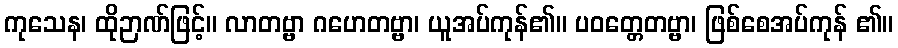
ကုသေန၊ ထိုဉာဏ်ဖြင့်။ လာတဗ္ဗာ ဂဟေတဗ္ဗာ၊ ယူအပ်ကုန်၏။ ပဝတ္တေတဗ္ဗာ၊ ဖြစ်စေအပ်ကုန် ၏။